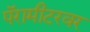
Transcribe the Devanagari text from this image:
पॅरामीटरवर